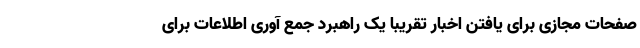
صفحات مجازی برای یافتن اخبار تقریبا یک راهبرد جمع آوری اطلاعات برای